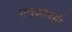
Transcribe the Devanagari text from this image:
एचआयसी